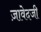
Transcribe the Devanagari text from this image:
ज़ावेदजी